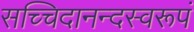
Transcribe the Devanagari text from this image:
सच्चिदानन्दस्वरूपं